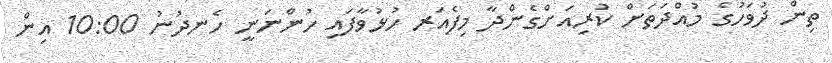
ތިން ދުވަހުގެ މުއްދަތަށް ކުރިއަށްގެންދާ މިފެއަރ ހުޅުވާފައި ހުންނަނީ ހެނދުނު 10:00 އިން